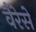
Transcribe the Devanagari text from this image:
वैरेसे